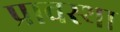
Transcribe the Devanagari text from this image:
प्रावस्‍था